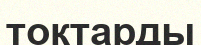
токтарды